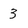
Character: 3